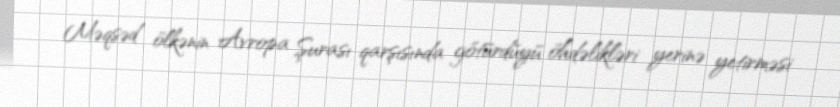
Məqsəd ölkənin Avropa Şurası qarşısında götürdüyü öhdəlikləri yerinə yetirməsi